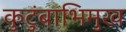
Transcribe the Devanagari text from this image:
कुटुंबाभिमुख